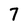
Character: 7